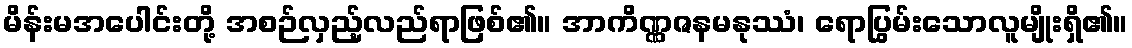
မိန်းမအပေါင်းတို့ အစဉ်လှည့်လည်ရာဖြစ်၏။ အာကိဏ္ဏဇနမနုဿံ၊ ရောပြွမ်းသောလူမျိုးရှိ၏။